Indian journal of veterinary science and animal husbandry - Volumes 26-27, 1956-1957
Year: 1956
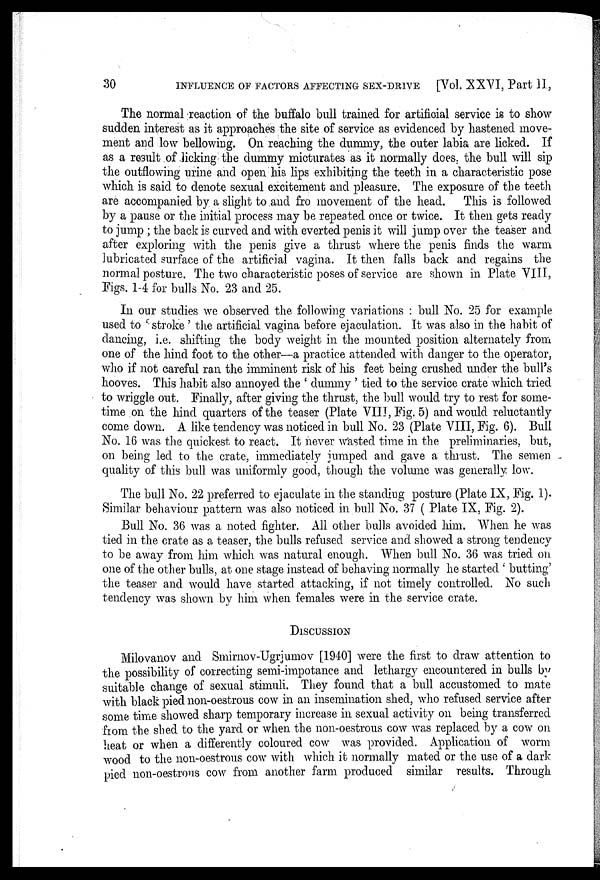
30
INFLUENCE OF FACTORS AFFECTING SEX-DRIVE
[Vol. XXVI, Part II,
The normal reaction of the buffalo bull trained for artificial service is to show
sudden interest as it approaches the site of service as evidenced by hastened move-
ment and low bellowing. On reaching the dummy, the outer labia are licked. If
as a result of licking the dummy micturates as it normally does, the bull will sip
the outflowing urine and open his lips exhibiting the teeth in a characteristic pose
which is said to denote sexual excitement and pleasure. The exposure of the teeth
are accompanied by a slight to and fro movement of the head.
This is followed
by a pause or the initial process may be repeated once or twice. It then gets ready
to jump ; the back is curved and with everted penis it will jump over the teaser and
after exploring with the penis give a thrust where the penis finds the warm
lubricated surface of the artificial vagina. It then falls back and regains the
normal posture. The two characteristic poses of service are shown in Plate VIII,
Figs. 1-4 for bulls No. 23 and 25.
In our studies we observed the following variations : bull No. 25 for example
used to 'stroke ' the artificial vagina before ejaculation. It was also in the habit of
dancing, i.e. shifting the body weight in the mounted position alternately from
one of the hind foot to the other—a practice attended with danger to the operator,
who if not careful ran the imminent risk of his feet being crushed under the bull's
hooves. This habit also annoyed the ' dummy ' tied to the service crate which tried
to wriggle out. Finally, after giving the thrust, the bull would try to rest for some-
time on the hind quarters of the teaser (Plate VIII, Fig. 5) and would reluctantly
come down. A like tendency was noticed in bull No. 23 (Plate VIII, Fig. 6). Bull
No. 16 was the quickest to react. It never wasted time in the preliminaries, but,
on being led to the crate, immediately jumped and gave a thrust. The semen
quality of this bull was uniformly good, though the volume was generally low.
The bull No. 22 preferred to ejaculate in the standing posture (Plate IX, Fig. 1).
Similar behaviour pattern was also noticed in bull No. 37 ( Plate IX, Fig. 2).
Bull No. 36 was a noted fighter. All other bulls avoided him. When he was
tied in the crate as a teaser, the bulls refused service and showed a strong tendency
to be away from him which was natural enough. When bull No. 36 was tried on
one of the other bulls, at one stage instead of behaving normally he started ' butting'
the teaser and would have started attacking, if not timely controlled. No such
tendency was shown by him when females were in the service crate.
DISCUSSION
Milovanov and Smirnov-Ugrjumov [1940] were the first to draw attention to
the possibility of correcting semi-impotance and lethargy encountered in bulls by
suitable change of sexual stimuli. They found that a bull accustomed to mate
with black pied non-oestrous cow in an insemination shed, who refused service after
some time showed sharp temporary increase in sexual activity on being transferred
from the shed to the yard or when the non-oestrous cow was replaced by a cow on
heat or when a differently coloured cow was provided. Application of worm
wood to the non-oestrous cow with which it normally mated or the use of a dark
pied non-oestrous cow from another farm produced similar results. Through